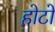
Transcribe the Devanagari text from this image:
होटो